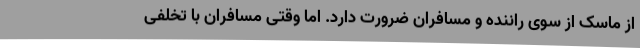
از ماسک از سوی راننده و مسافران ضرورت دارد. اما وقتی مسافران با تخلفی